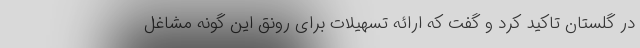
در گلستان تاکید کرد و گفت که ارائه تسهیلات برای رونق این گونه مشاغل